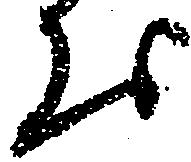
お